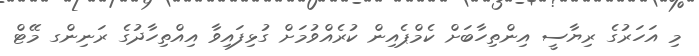
މި އަހަރުގެ ރިޔާސީ އިންތިހާބަށް ކެމްޕެއިން ކުރެއްވުމަށް ގުޅިފައިވާ އިއްތިހާދުގެ ރަނިންގ މޭޓް